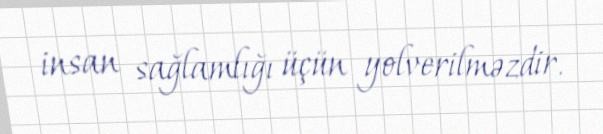
insan sağlamlığı üçün yolverilməzdir.